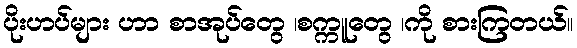
ပိုးဟပ်များ ဟာ စာအုပ်တွေ ၊စက္ကူတွေ ၊ကို စားကြတယ်။